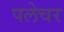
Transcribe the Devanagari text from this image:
पलेचर